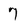
Character: 7